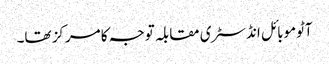
آٹوموبائل انڈسٹری مقابلہ توجہ کا مرکز تھا۔